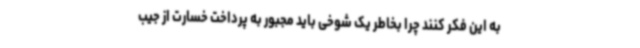
به این فکر کنند چرا بخاطر یک شوخی باید مجبور به پرداخت خسارت از جیب